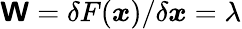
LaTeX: \boldsymbol{\mathsf{W}}=\delta F(\boldsymbol{x})/\delta\boldsymbol{x}=\lambda